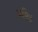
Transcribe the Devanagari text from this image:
ह्यसितं